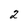
Character: 2